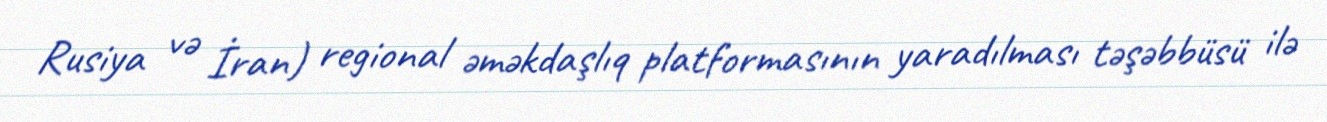
Rusiya və İran) regional əməkdaşlıq platformasının yaradılması təşəbbüsü ilə